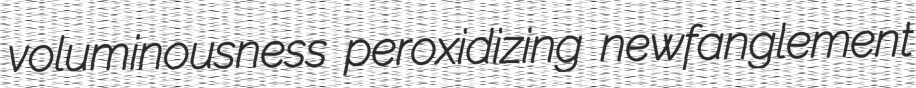
voluminousness peroxidizing newfanglement